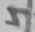
Text: 4